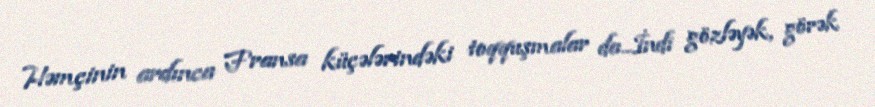
Həmçinin ardınca Fransa küçələrindəki toqquşmalar da...İndi gözləyək, görək